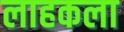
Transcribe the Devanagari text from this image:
लाहकला